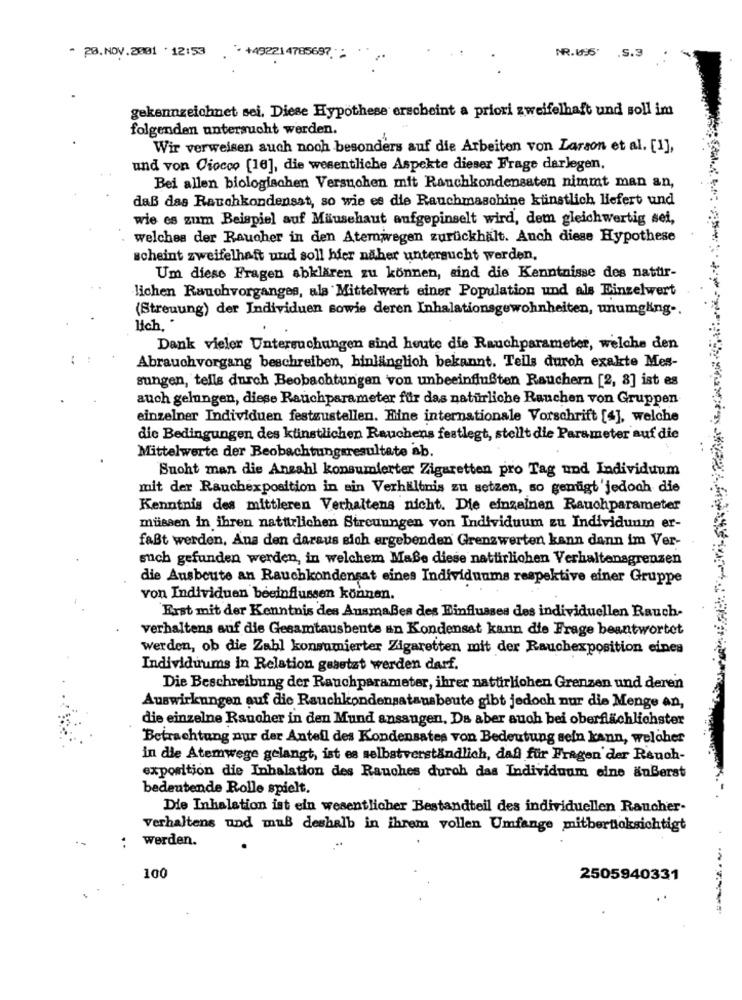
NR.095'
.5.3
· 28.NOV.2001 12:53
.: +492214785697. :
gekennzeichnet sei, Diese Hypothese erscheint a priori zweifelhaft und soll im
folgenden untersucht werden.
Wir verweisen auch noch besonders auf die Arbeiten von Larson et al. [1],
und von Ciocco [16], die wesentliche Aspekte dieser Frage darlegen,
Bei allen biologischen Versuchen mit Ranchkondensaten nimmt man an,
daß das Rauchkondensat, so wie es die Rauchmaschine ktinstlich liefert und
wie es zum Beispiel auf Mäusehaut aufgepinselt wird, dem gleichwertig sei,
welches der Raucher in den Atemwegen zurückhält. Auch diese Hypothese
scheint zweifelhaft und soll hier näher untersucht werden.
Um diese Fragen abklären zu können, sind die Kenntnisse des nattir-
lichen Rauchvorganges, als Mittelwert einer Population und als Einzelwert
(Streuung) der Individuen sowie deren Inhalationsgewohnheiten, unumgäng -.
lich, *
Dank vieler Untersuchungen sind heute die Rauchparameter, welche den
Abrauchvorgang beschreiben, binlänglich bekannt. Tells durch exakte Mes-
sungen, tells durch Beobachtungen von unbeeinflußten Rauchern [2, 8] ist es
auch gelungen, diese Rauchparameter für das natürliche Rauchen von Gruppen
einzelner Individuen festzustellen. Hine internationale Vorschrift [4], welche
die Bedingungen des künstlichen Rauchens festlegt, stellt die Parameter auf die
Mittelwerte der Beobachtungsresultate ab.
Suoht man die Anzahl konsumierter Zigaretten pro Tag und Individuum
mit der Rauchexposition in sin Verhältnis zu setzen, so genügt'jedoch die
Kenntnis des mittleren Verhaltens nicht. Die einzelnen Rauchparameter
müssen in ihren natttlichen Streuungen von Individuum zu Individuum er-
faßt werden, Ana den daraus sich ergebenden Grenzwerten kann dann im Ver-
such gefunden werden, in welchem Maße diese nattirlichen Verhaltenagrenzen
die Ausbeute an Rauchkondensat eines Individuums respektive einer Gruppe
von Individuen beeinflussen können.
Erst mit der Kenntnis des AusmaBes des Einflusses des individuellen Rauch-
verhaltens auf die Gesamtausbente an Kondensat kann die Frage beantwortet
werden, ob die Zahl konsumierter Zigaretten mit der Rauchexposition eines
Individuums in Relation gesetzt werden darf.
Die Beschreibung der Rauchparameter, ihrer natürlichen Grenzen und deren
Auswirkungen auf die Rauchkondensatausbeute gibt jedoch nur die Menge an,
die einzelne Raucher in den Mund ansaugen, Da aber auch bei oberflächlichster
Betrachtung nur der Anteil des Kondensates von Bedeutung sein kann, welcher
in die Atemwege gelangt, ist es selbstverständlich, daß für Fragen der Reuch-
exposition die Inhalation des Rauches durch das Individuum eine äußerst
bedeutende Rolle spielt.
Die Inhalation ist ein wesentlicher Bestandteil des individuellen Raucher-
verhaltens und muß deshalb in ihrem vollen Umfange mitbertioksichtigt
: werden.
100
2505940331